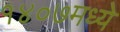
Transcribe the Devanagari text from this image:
१४०७मध्ये